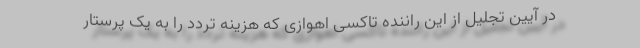
در آیین تجلیل از این راننده تاکسی اهوازی که هزینه تردد را به یک پرستار